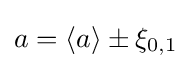
a=\langle a\rangle \pm \xi _{0,1}